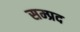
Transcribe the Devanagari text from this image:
सम्प्रद